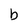
Character: b